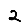
Digit: 2